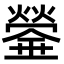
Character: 𤐻